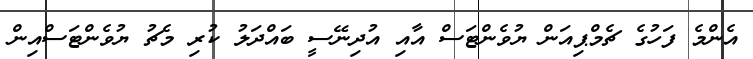
އެންމެ ފަހުގެ ޗެމްޕިއަން ޔުވެންޓަސް އާއި އުދިނޭސީ ބައްދަލު ކުރި މެޗު ޔުވެންޓަސްއިން